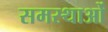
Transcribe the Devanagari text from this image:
समस्थाओं